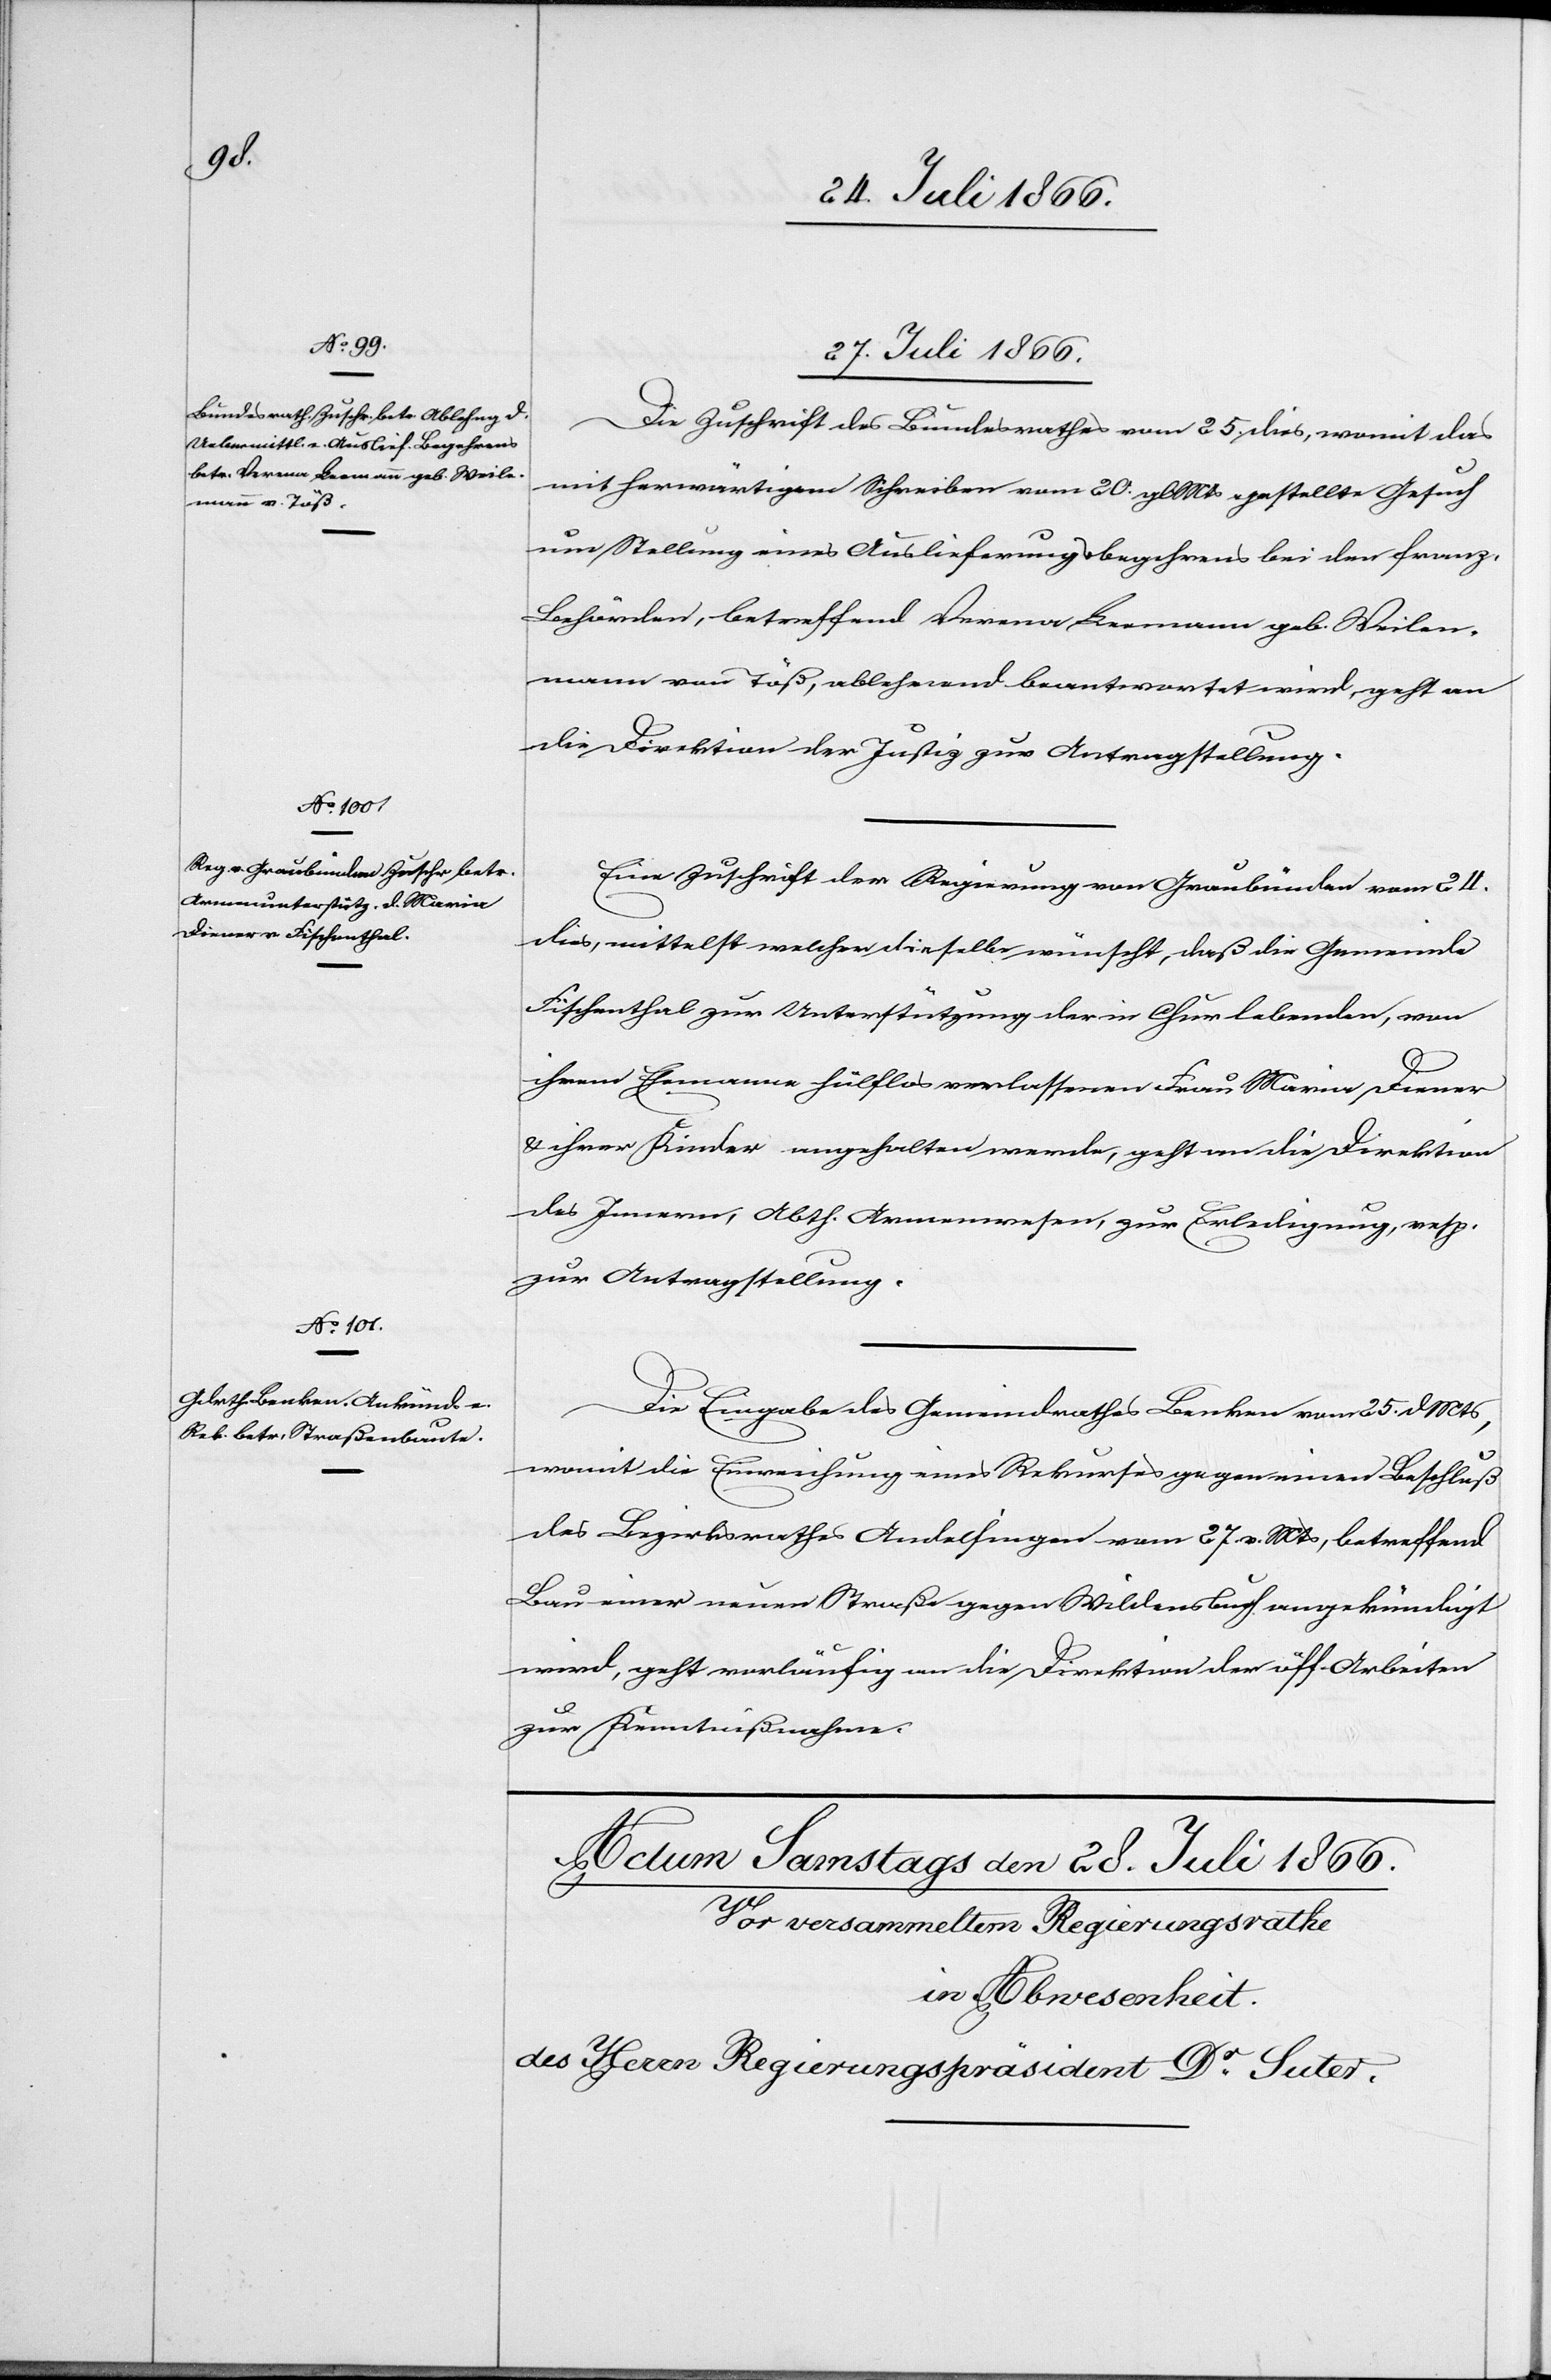
geht

27. Juli 1866.]
Die Zuschrift des Bundesrathes vom 25. dies, womit das
mit herwärtigem Schreiben vom 29. gl Mts gestellte Gesuch
um Stellung eines Auslieferungsbegehrens bei den franz.
Behörden, betreffend Verena Leemann geb Weilen¬
die Direktion der Justiz zur Antragstellung.
Eine Zuschrift der Regierung von Graubünden vom 24.
dies, mittelst welcher dieselbe wünscht, daß die Gemeinde
Fischenthal zur Unterstützung der in Chur lebenden, von
ihrem Ehemann hülflos verlassenen Frau Maria Diener
u. ihrer Kinder angehalten werde, geht an die Direktion
des Innern, Abth. Armenwesen, zur Erledigung, resp.
zur Antragstellung.
mann
Die Eingabe des Gemeindrathes Benken vom 25. d Mts,
womit die Einreichung eines Rekurses gegen einen Beschluß
des Bezirksrathes Andelfingen vom 27. v. Mts angekündigt
wird, geht vorläufig an die Direktion der öff. Arbeiten
zur Kenntnißnahme.